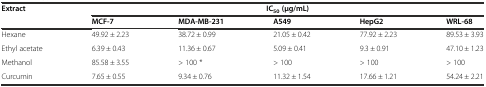
| <ROWSPAN=2> Extract | <COLSPAN=5> IC50 (μg/mL) |
 | MCF-7 | MDA-MB-231 | A549 | HepG2 | WRL-68 |
 | --- | --- | --- | --- | --- | --- |
 | Hexane | 49.92 ± 2.23 | 38.72 ± 0.99 | 21.05 ± 0.42 | 77.92 ± 2.23 | 89.53 ± 3.93 |
 | Ethyl acetate | 6.39 ± 0.43 | 11.36 ± 0.67 | 5.09 ± 0.41 | 9.3 ± 0.91 | 47.10 ± 1.23 |
 | Methanol | 85.58 ± 3.55 | > 100 * | > 100 | > 100 | > 100 |
 | Curcumin | 7.65 ± 0.55 | 9.34 ± 0.76 | 11.32 ± 1.54 | 17.66 ± 1.21 | 54.24 ± 2.21 |